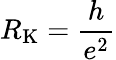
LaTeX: R_{\mathrm{K}}={\frac{h}{e^{2}}}